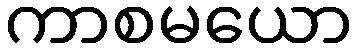
ကာစမယော